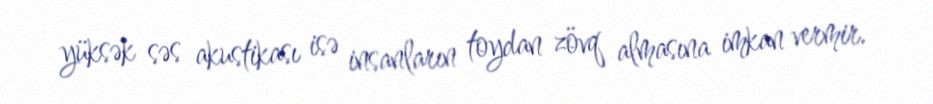
yüksək səs akustikası isə insanların toydan zövq almasına imkan vermir.